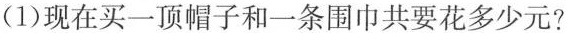
(1)现在买一顶帽子和一条围巾共要花多少元?